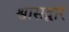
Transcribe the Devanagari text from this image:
श्वासद्वार